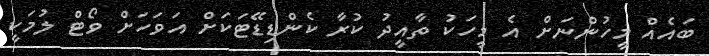
ބައެއް މީހުންނަށް އެ މީހަކު ތާއީދު ކުރާ ކެންޑިޑޭޓަކަށް އަވަހަށް ވޯޓް ލުމަކީ